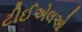
ટીઈએલઓ